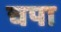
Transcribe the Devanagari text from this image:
चपा